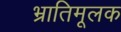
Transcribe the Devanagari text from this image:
भ्रातिमूलक